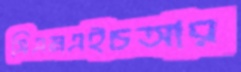
সিএমএইচআর